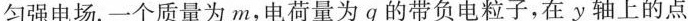
匀强电场.一个质量为m，电荷量为q的带负电粒子，在y轴上的点